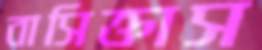
বাসিক্তাস